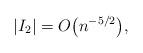
LaTeX: \begin{gather*}\vert I_2 \vert = O\big(n^{-5/2}\big),\end{gather*}